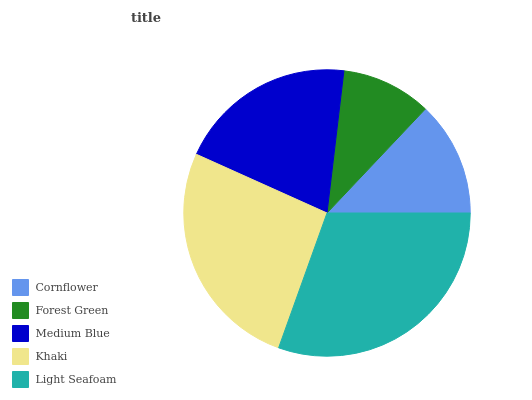
| Cornflower | Forest Green | Medium Blue | Khaki | Light Seafoam |
 | --- | --- | --- | --- | --- |
 | 12.9% | 10.2% | 20.2% | 26.2% | 30.5% |